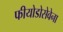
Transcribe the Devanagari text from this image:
फीयोडोसेवेना